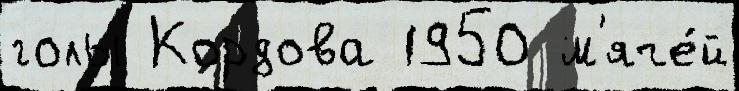
голы Кордова 1950 м'яче́й